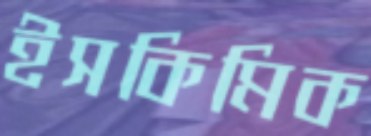
ইসকিমিক